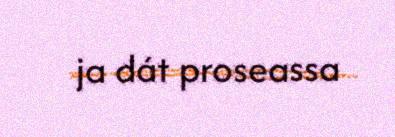
ja dát proseassa